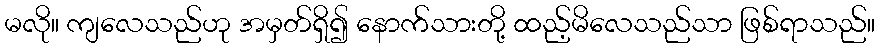
မလို။ ကျလေသည်ဟု အမှတ်ရှိ၍ နောက်သားတို့ ထည့်မိလေသည်သာ ဖြစ်ရာသည်။